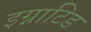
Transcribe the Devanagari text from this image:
इग्नाटिड